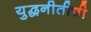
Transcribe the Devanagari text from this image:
युद्धनीतीची